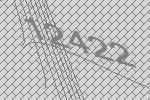
12422